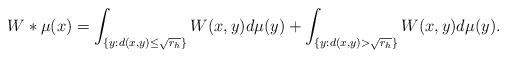
LaTeX: \begin{align*} W\ast \mu (x) = \int_{ \{y: d(x,y) \leq \sqrt{r_h} \}} W(x,y) d\mu(y) + \int_{\{y: d(x,y) > \sqrt{r_h}\}} W(x,y) d\mu(y).\end{align*}